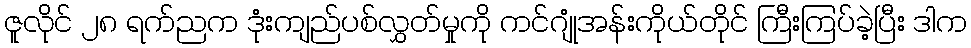
ဇူလိုင် ၂၈ ရက်ညက ဒုံးကျည်ပစ်လွှတ်မှုကို ကင်ဂျုံအန်းကိုယ်တိုင် ကြီးကြပ်ခဲ့ပြီး ဒါက